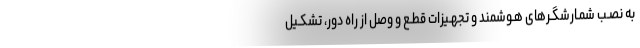
به نصـب شمـارشگـرهای هـوشمند و تجهـیزات قطـع و وصل از راه دور، تشکـیل